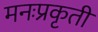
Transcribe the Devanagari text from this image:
मनःप्रकृती